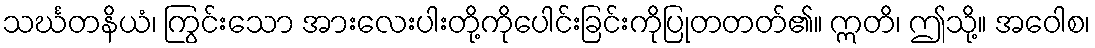
သင်္ဃတနိယံ၊ ကြွင်းသော အားလေးပါးတို့ကိုပေါင်းခြင်းကိုပြုတတတ်၏။ ဣတိ၊ ဤသို့။ အဝေါစ၊